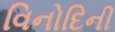
વિનોદિની